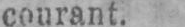
courant.